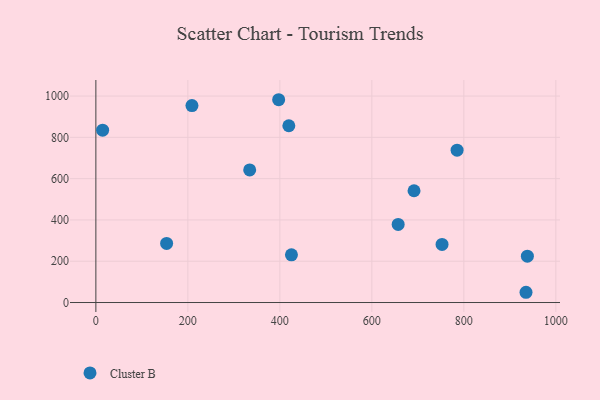
{"axis": {"x": "Ad Spend", "y": "Profit"}, "legend": ["Cluster B"], "data": [{"x": "208.9", "y": 954.0, "type": "Cluster B"}, {"x": "752.6", "y": 281.2, "type": "Cluster B"}, {"x": "935.1", "y": 49.6, "type": "Cluster B"}, {"x": "419.5", "y": 856.1, "type": "Cluster B"}, {"x": "14.7", "y": 834.9, "type": "Cluster B"}, {"x": "938.1", "y": 224.5, "type": "Cluster B"}, {"x": "657.2", "y": 378.0, "type": "Cluster B"}, {"x": "691.7", "y": 541.3, "type": "Cluster B"}, {"x": "397.4", "y": 982.2, "type": "Cluster B"}, {"x": "785.3", "y": 738.0, "type": "Cluster B"}, {"x": "153.8", "y": 286.1, "type": "Cluster B"}, {"x": "425.2", "y": 231.1, "type": "Cluster B"}, {"x": "334.4", "y": 642.2, "type": "Cluster B"}]}